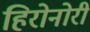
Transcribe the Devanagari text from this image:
हिरोनोरी